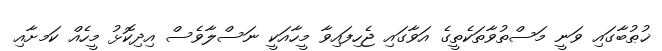
ޚުޠުބާގައި ވަނީ މަސްތުވާތަކެތީގެ އަވާގައި ޖެހިފައިވާ މީހާއަކީ ނަސްލާވެސް އިދިކޮޅު މީހެއް ކަމށާއި